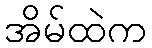
အိမ်ထဲက